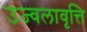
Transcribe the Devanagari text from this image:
उज्वलावृत्ति